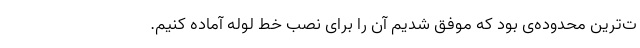
ت‌ترین محدوده‌ی بود که موفق شدیم آن را برای نصب خط لوله آماده کنیم.